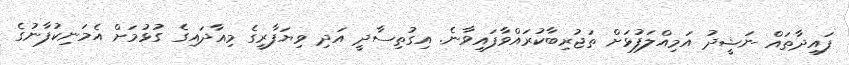
ފައިދާތައް ނަޝީދު އަމިއްލަފުޅަށް ތަޖުރިބާކުރައްވާފައިވާނެ. އިގުތިސާދީ އަދި ވިޔަފާރީގެ މިއާދައިގެ ގުޅުމަށް އެމަނިކުފާނުގެ